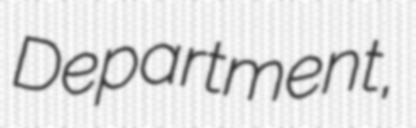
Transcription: Department,